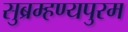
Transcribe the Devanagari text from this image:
सुब्रम्हण्यपुरम